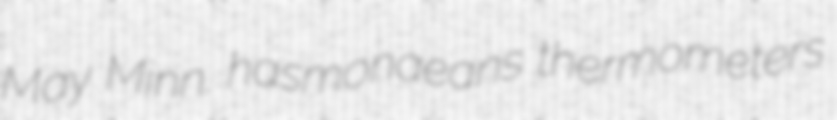
May Minn. hasmonaeans thermometers